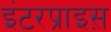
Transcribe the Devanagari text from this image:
इंटरप्राइस़